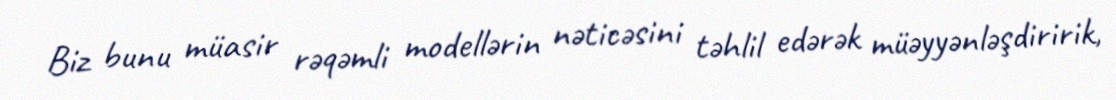
Biz bunu müasir rəqəmli modellərin nəticəsini təhlil edərək müəyyənləşdiririk,